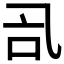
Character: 𠮸